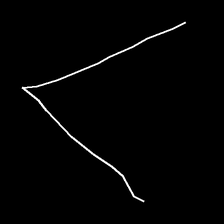
Glyph: region